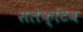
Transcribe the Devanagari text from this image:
सलेक्टिव